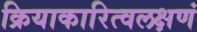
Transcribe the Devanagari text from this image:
क्रियाकारित्वलक्षणं